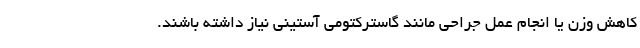
کاهش وزن یا انجام عمل جراحی مانند گاسترکتومی آستینی نیاز داشته باشند.